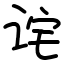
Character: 诧